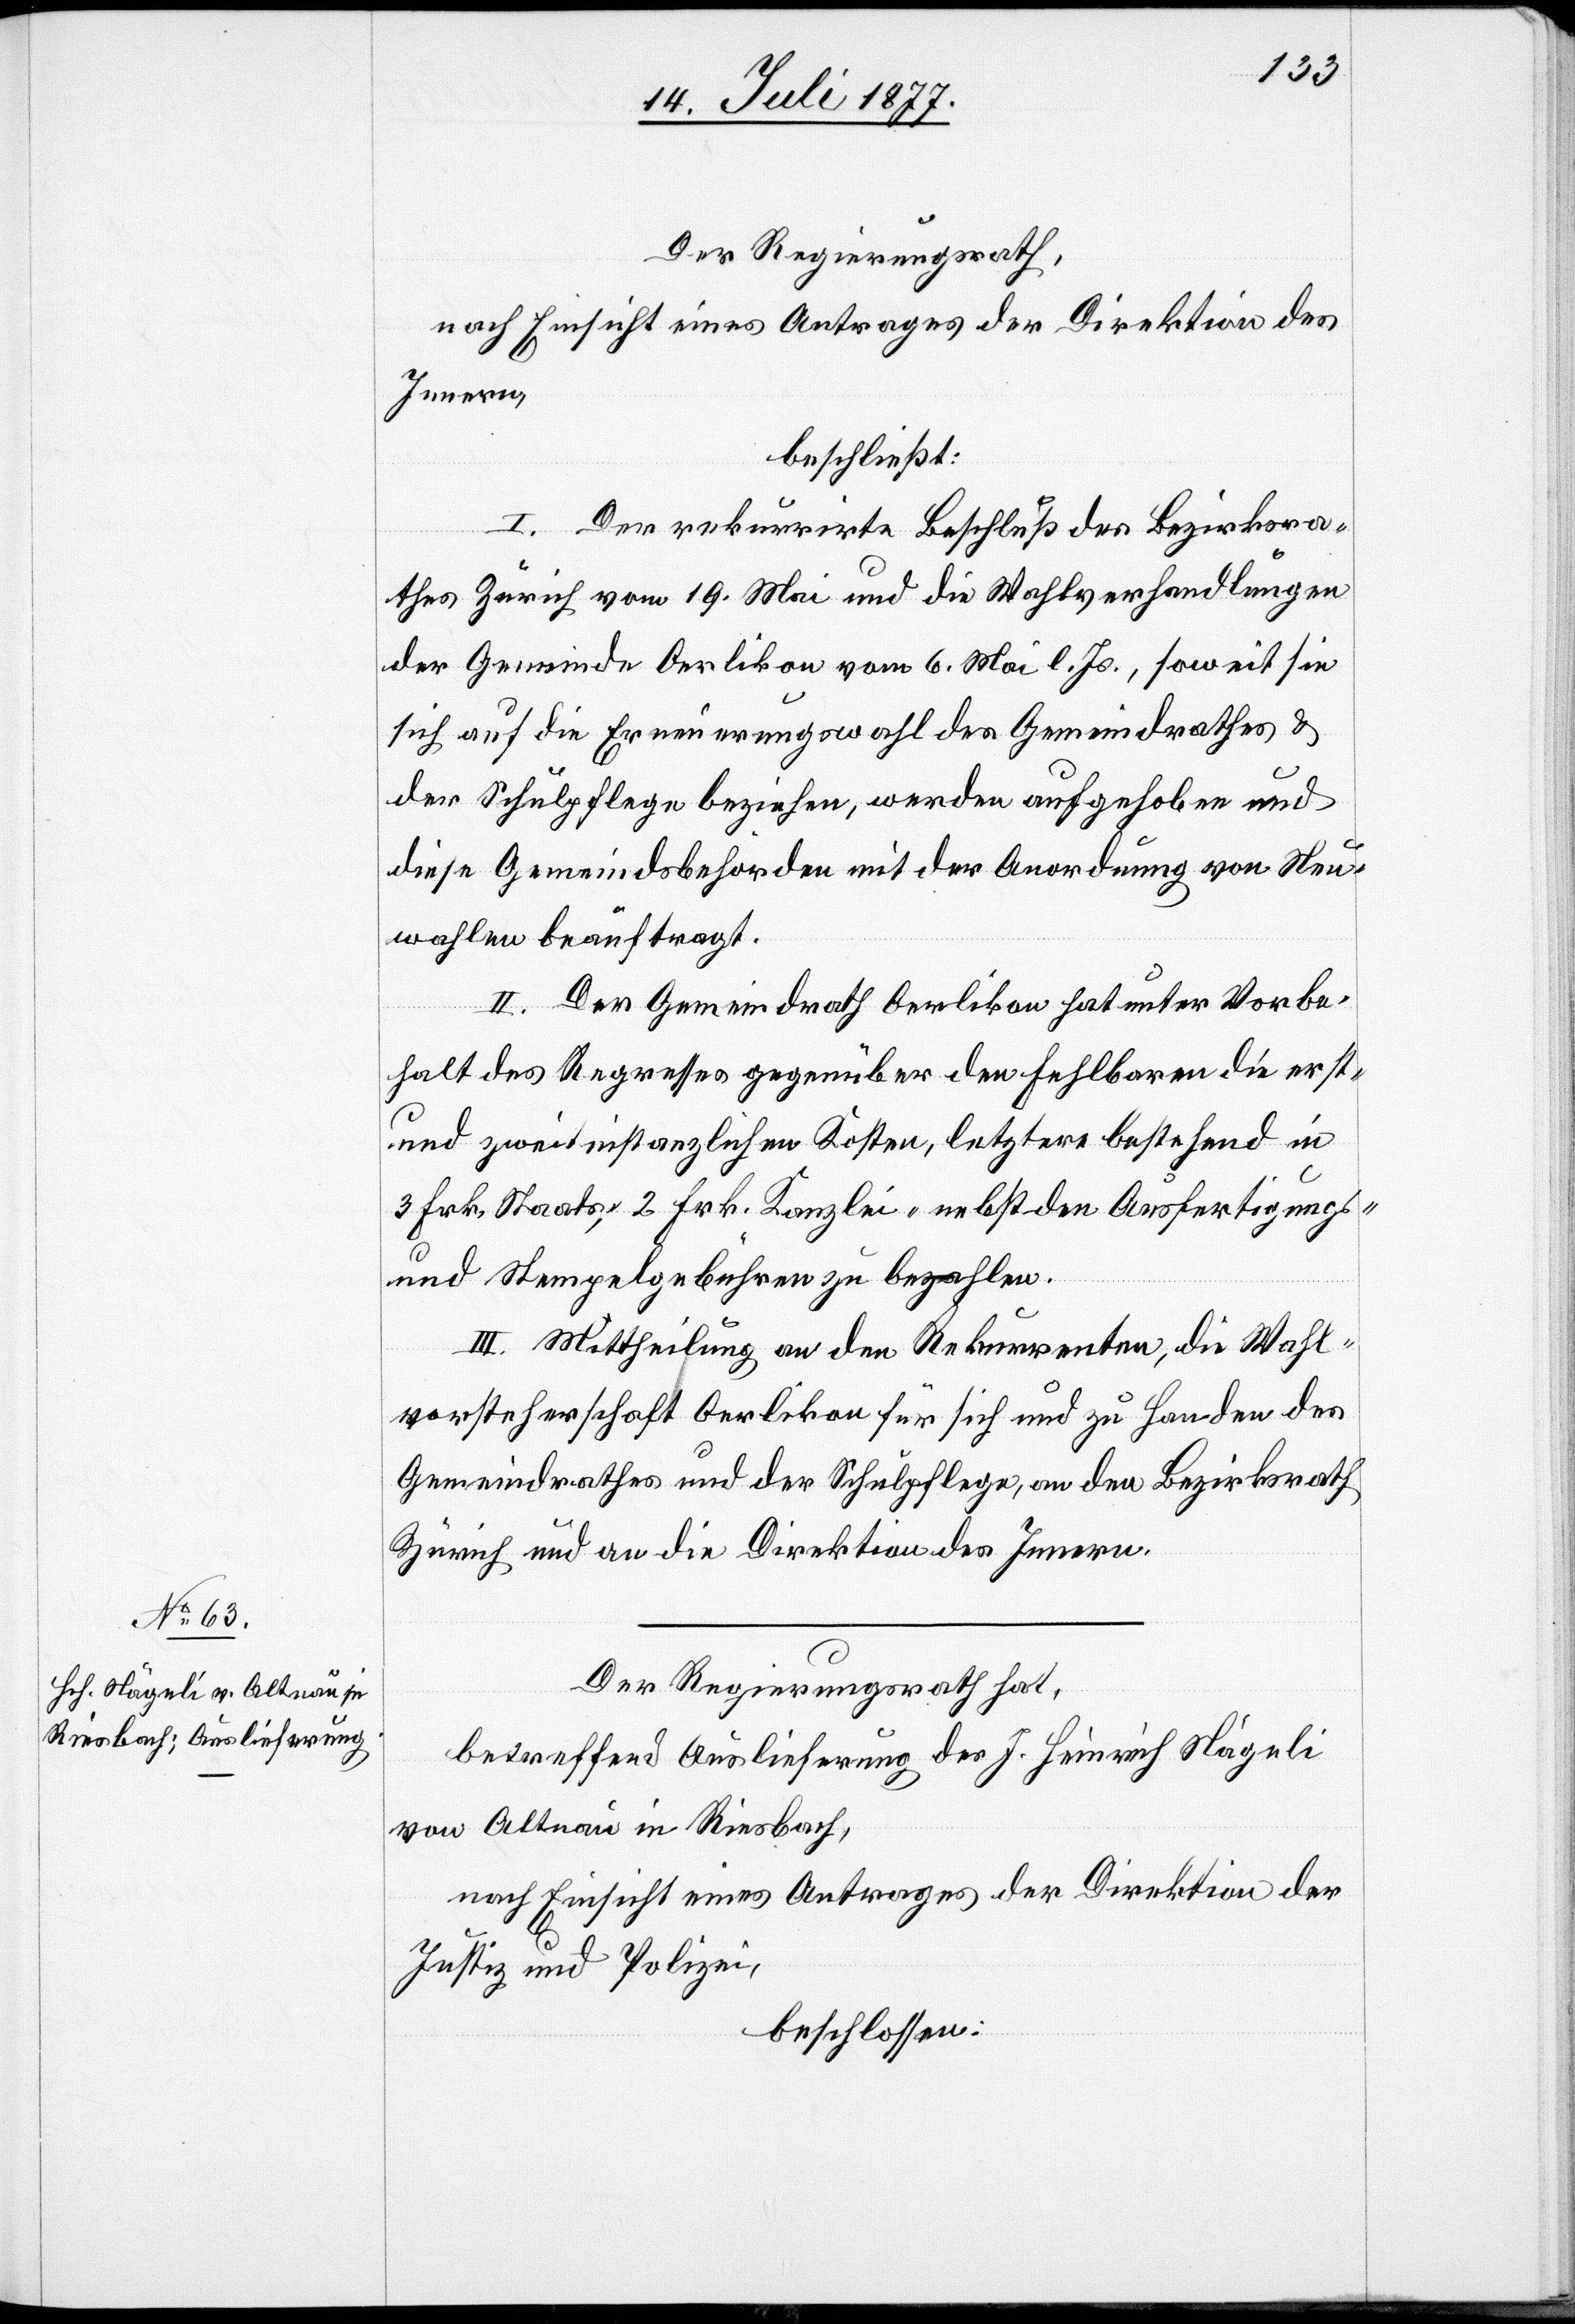
Der Regierungsrath,
nach Einsicht eines Antrages der Direktion des
Innern,
beschließt:
I. Der rekurrirte Beschluß des Bezirksra¬
thes Zürich vom 19. Mai und die Wahlverhandlungen
der Gemeinde Oerlikon vom 6. Mai l. Js., soweit sie
sich auf die Erneuerungswahl des Gemeindrathes &
der Schulpflege beziehen, werden aufgehoben und
diese Gemeindsbehörden mit der Anordnung von Neu¬
wahlen beauftragt.
II. Der Gemeindrath Oerlikon hat unter Vorbe¬
halt des Regresses gegenüber den Fehlbaren die erst-
und zweitinstanzlichen Kosten, letztere bestehend in
3 Frk. Staats-, 2 Frk. Kanzlei- nebst den Ausfertigungs-
und Stempelgebühren zu bezahlen.
III. Mittheilung an den Rekurrenten, die Wahl¬
vorsteherschaft Oerlikon für sich und zu Handen des
Gemeindrathes und der Schulpflege, an den Bezirksrath
Zürich und an die Direktion des Innern.
Der Regierungsrath hat,
betreffend Auslieferung des J. Heinrich Nägeli
von Altnau in Riesbach,
nach Einsicht eines Antrages der Direktion der
Justiz und Polizei,
beschlossen: